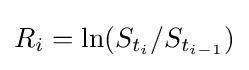
R_{i}=\ln(S_{t_{i}}/S_{t_{i-1}})